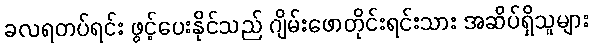
ခလရတပ်ရင်း ဖွင့်ပေးနိုင်သည် ဂျိမ်းဖောတိုင်းရင်းသား အဆိပ်ရှိသူများ